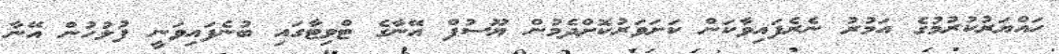
ހައްޔަރުކުރުމުގެ އަމުރު ނެރެފައިވާކަން ކަށަވަރުކޮށްދެމުން ޔޫސުފް އޭނާގެ ޓްވިޓާގައި ބުނެފައިވަނީ ފުލުހުން އޭނާ